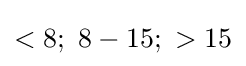
<8;\ 8-15;\ >15